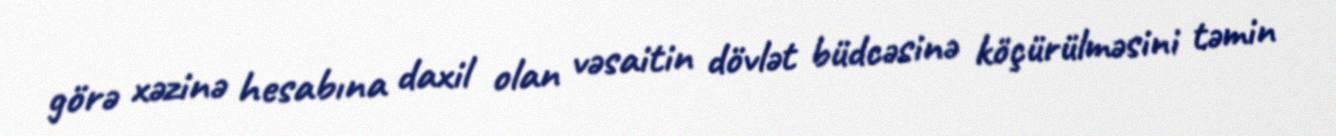
görə xəzinə hesabına daxil olan vəsaitin dövlət büdcəsinə köçürülməsini təmin